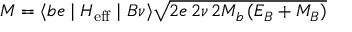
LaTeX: { \cal M } = \langle b e \mid { \cal H _ { \mathrm { e f f } } } \mid B \nu \rangle \sqrt { 2 e \, 2 \nu \, 2 M _ { b } \, ( E _ { B } + M _ { B } ) }